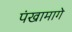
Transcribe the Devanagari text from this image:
पंखामागे